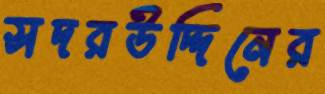
সদরউদ্দিনের